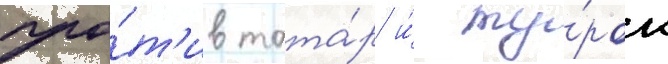
про́т'ив тата́р и́ ту́рок